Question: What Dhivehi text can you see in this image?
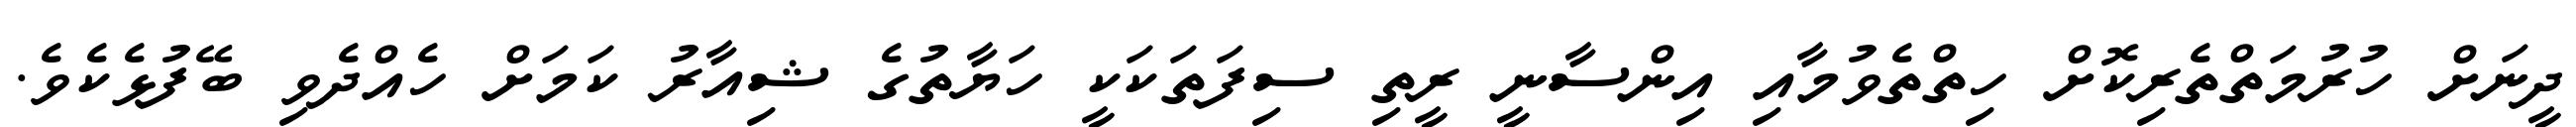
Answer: ދީނަށް ހުރުމަތްތެރިކޮށް ހިތްތެވުމާއި އިންސާނީ ރީތި ސިފަތަކަކީ ހަޔާތުގެ ޝިއާރު ކަމަށް ހެއްދެވި ބޭފުޅެކެވެ.